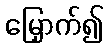
မြှောက်၍